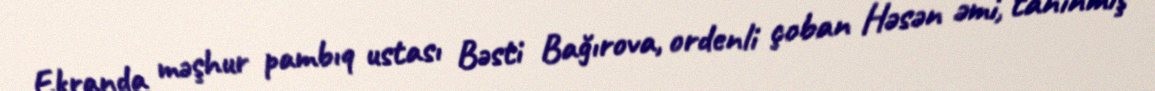
Ekranda məşhur pambıq ustası Bəsti Bağırova, ordenli çoban Həsən əmi, tanınmış